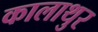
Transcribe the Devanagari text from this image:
कालाथुर